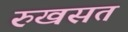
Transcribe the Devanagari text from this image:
रुखसत